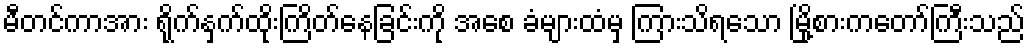
မီတင်ကာအား ရိုက်နှက်ထိုးကြိတ်နေခြင်းကို အစေ ခံများထံမှ ကြားသိရသော မြို့စားကတော်ကြီးသည်